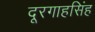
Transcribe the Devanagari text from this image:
दूरगाहसिंह